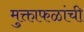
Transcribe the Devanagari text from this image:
मुक्ताफळांची